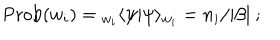
\mathrm { P r o b } ( w _ { i } ) = { } _ { w _ { i } } \langle \psi | \psi \rangle _ { w _ { i } } = { n _ { i } / | \beta | } ~ ;